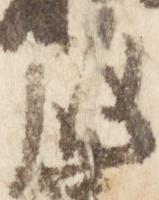
殿